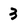
Character: 3